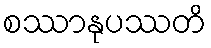
စဿာနုပဿတိ